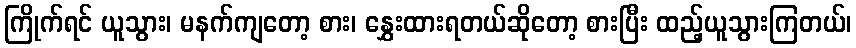
ကြိုက်ရင် ယူသွား၊ မနက်ကျတော့ စား၊ နွှေးထားရတယ်ဆိုတော့ စားပြီး ထည့်ယူသွားကြတယ်၊